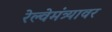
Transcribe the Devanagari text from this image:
रेल्वेमंत्र्यावर